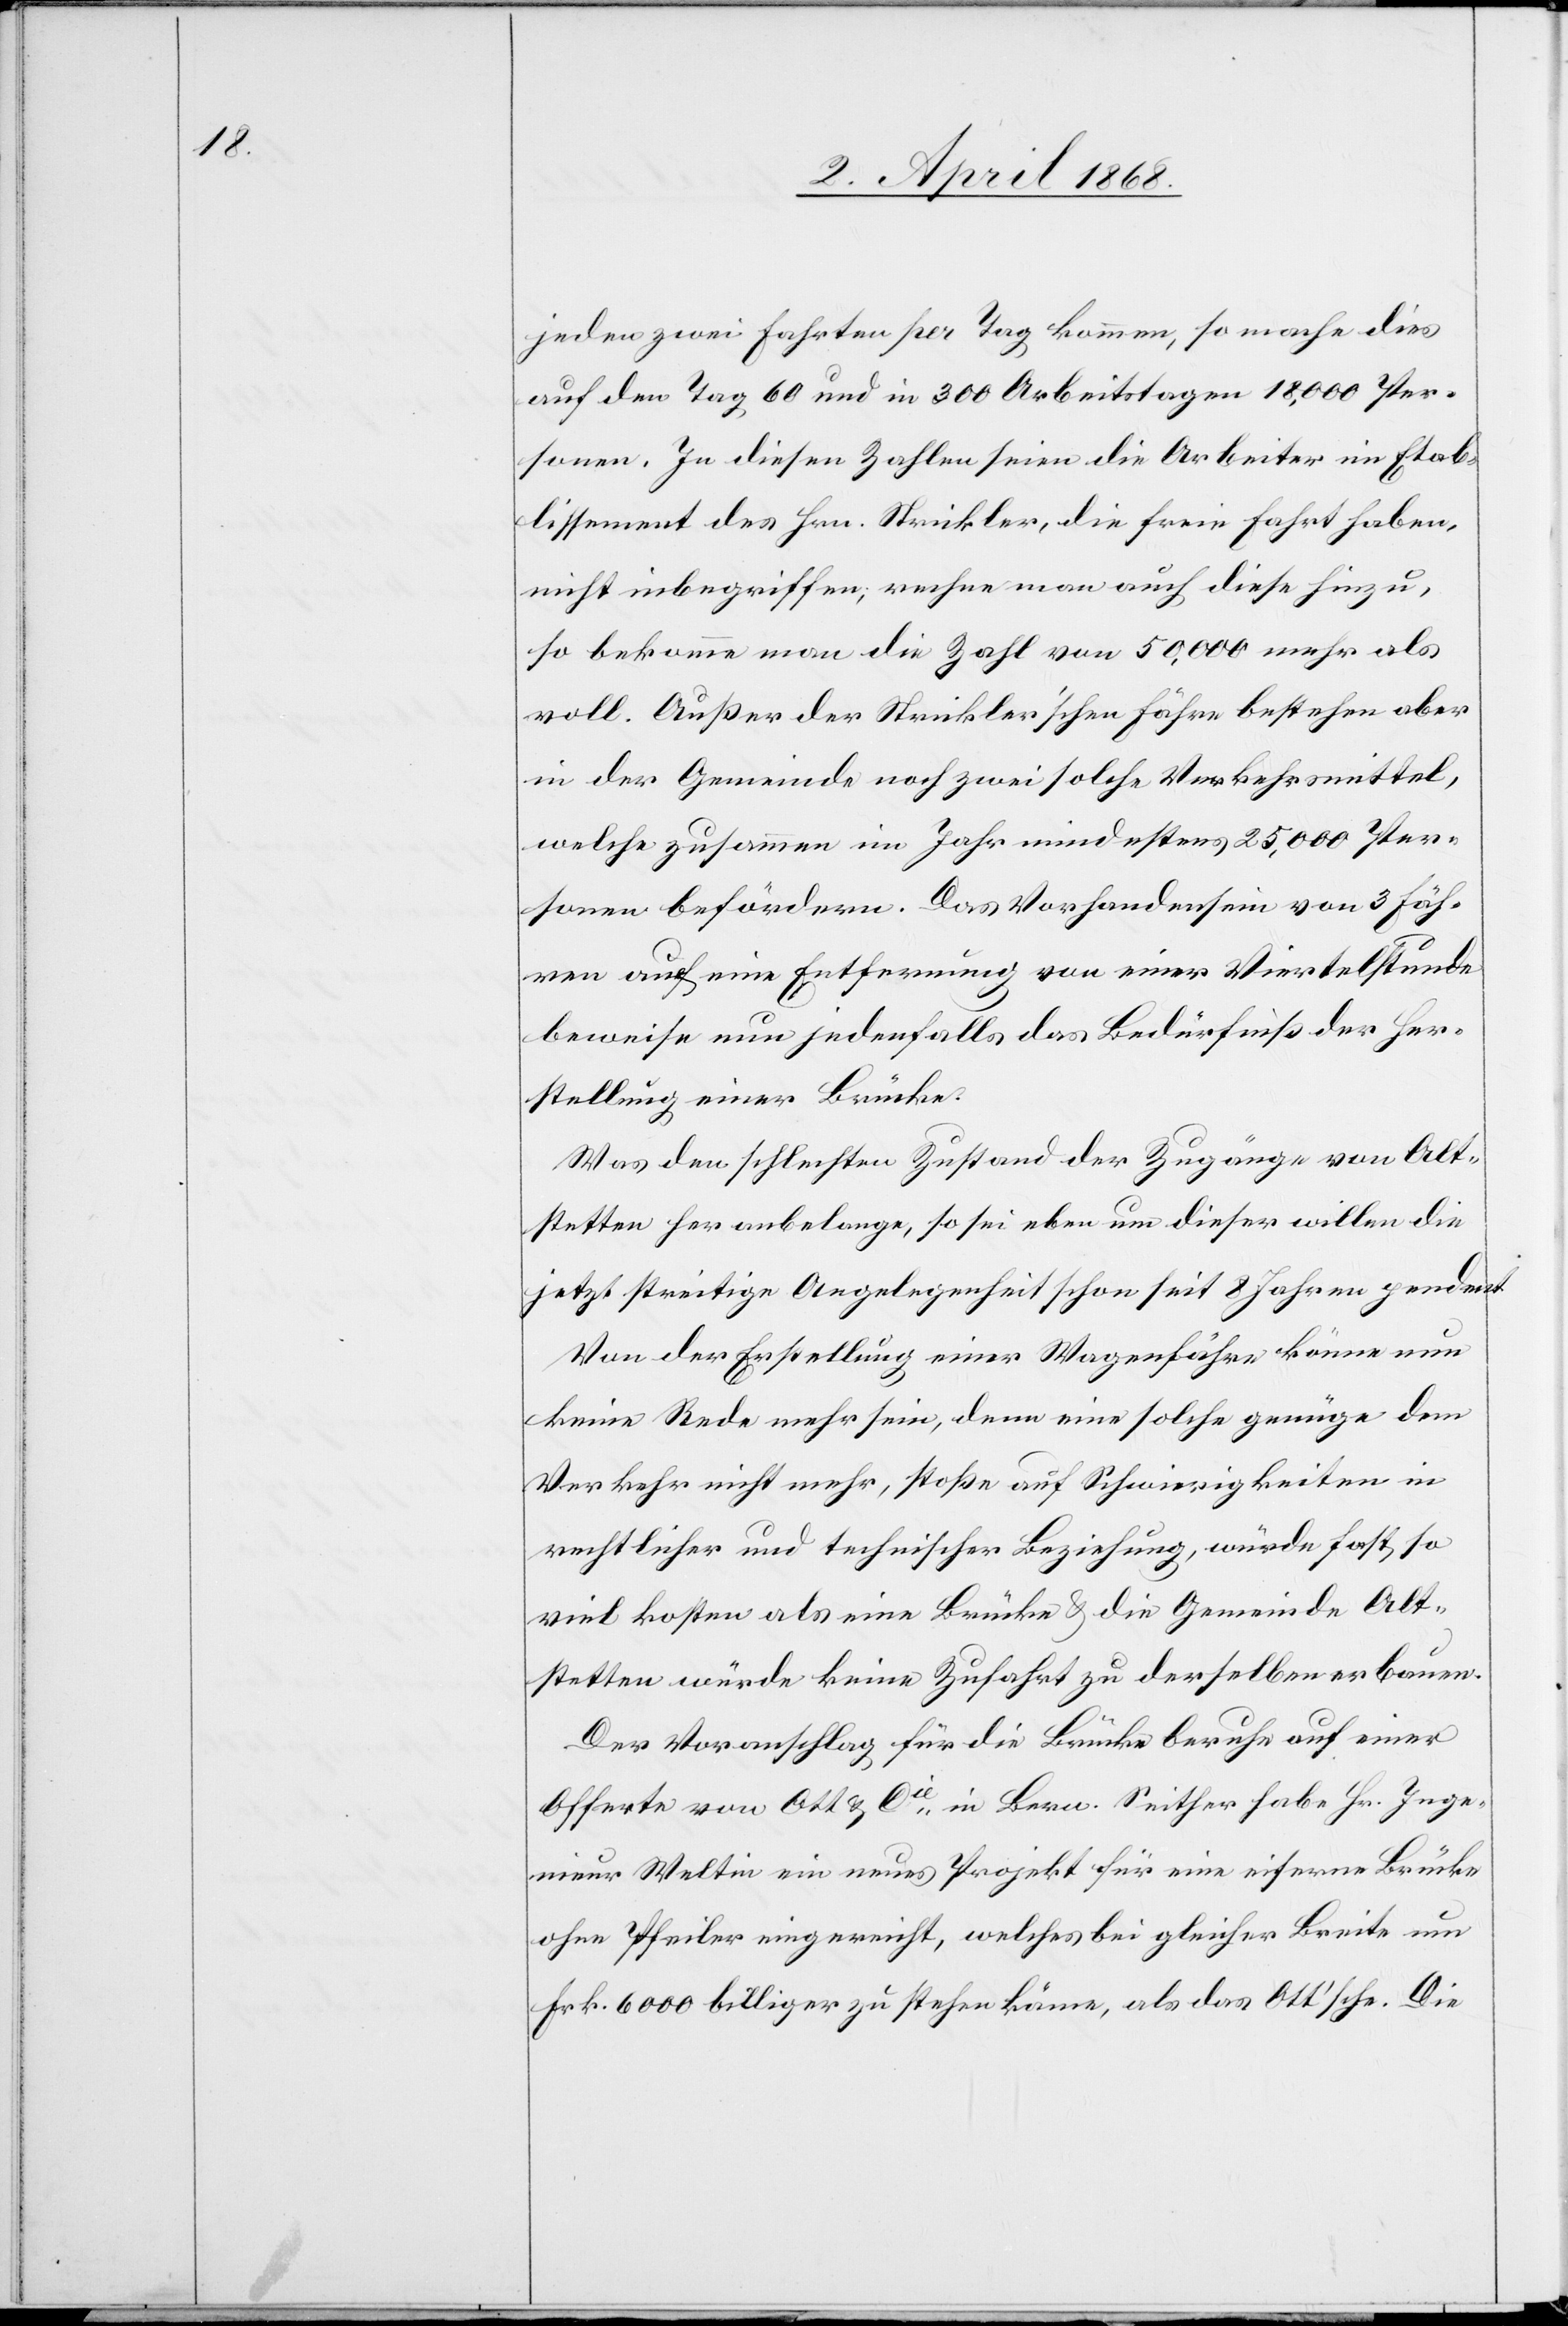
jeden zwei Fahrten per Tag kommen, so mache dies
auf den Tag 60 und in 300 Arbeitstagen 18,000 Per¬
sonen. In diesen Zahlen seien die Arbeiter im Etab¬
lissement des Hrn. Strickler, die freie Fahrt haben,
nicht inbegriffen; rechne man auch diese hinzu,
so bekomme man die Zahl von 50,000 mehr als
voll. Außer der Strickler’schen Fähre bestehen aber
in der Gemeinde noch zwei solche Verkehrsmittel,
welche zusammen im Jahr mindestens 25,000 Per¬
sonen befördern. Das Vorhandensein von 3 Fäh¬
ren auf eine Entfernung von einer Viertelstunde
beweise nun jedenfalls das Bedürfniß der Her¬
stellung einer Brücke.
Was den schlechten Zustand der Zugänge von Alt¬
stetten her anbelange, so sei eben um dieser willen die
jetzt streitige Angelegenheit schon seit 8 Jahren pendent
Von der Erstellung einer Wagenfähre könne nun
keine Rede mehr sein, denn eine solche genüge dem
Verkehr nicht mehr, stoße auf Schwierigkeiten in
rechtlicher und technischer Beziehung, würde fast so
viel kosten als eine Brücke & die Gemeinde Alt¬
stetten würde keine Zufahrt zu derselben erbauen.
Der Voranschlag für die Brücke beruhe auf einer
Offerte von Ott & Cie. in Bern. Seither habe Hr. Inge¬
nieur Weltin ein neues Projekt für eine eiserne Brücke
ohne Pfeiler eingereicht, welches bei gleicher Breite um
Frk. 6000 billiger zu stehen käme, als das Ott’sche. Die